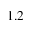
1 . 2